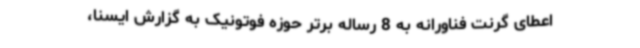
اعطای گرنت فناورانه به 8 رساله برتر حوزه فوتونیک به گزارش ایسنا،